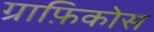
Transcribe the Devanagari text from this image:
ग्राफ़िकोस